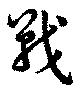
戦